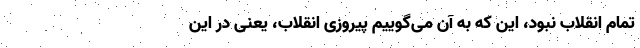
تمام انقلاب نبود، این که به آن می‌گوییم پیروزی انقلاب، یعنی در این